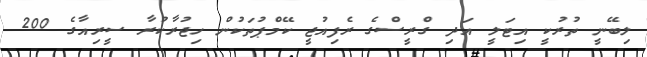
ލިބޭނީ ތުރުކީ އިޓަލީ އަދި ގްރީސްގެ ރެފިއުޖީ ކޭމްޕުތަކުން ހިޖުރާކުރާ ސީރިއާގެ 200